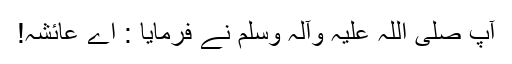
آپ صلی اللہ علیہ وآلہ وسلم نے فرمایا : اے عائشہ!